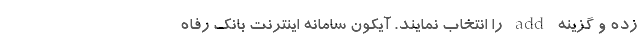
زده و گزینه add را انتخاب نمایند. آیکون سامانه اینترنت بانک رفاه